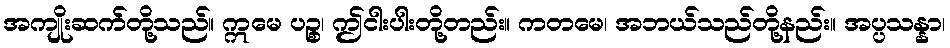
အကျိုးဆက်တို့သည်။ ဣမေ ပဉ္စ၊ ဤငါးပါးတို့တည်း။ ကတမေ၊ အဘယ်သည်တို့နည်း။ အပ္ပသန္နာ၊